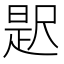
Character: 𭕦